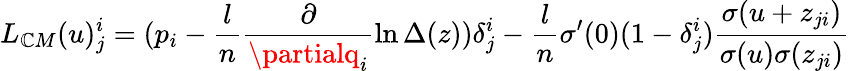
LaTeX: L_{\mathbb{C}M}(u)_{j}^{i}=(p_{i}-\frac{{l}}{{n}}\frac{{\partial}}{{\partialq_{i}}}\ln\Delta(z))\delta_{j}^{i}-\frac{{l}}{{n}}\sigma^{\prime}(0)(1-\delta_{j}^{i})\frac{{\sigma(u+z_{ji})}}{{\sigma(u)\sigma(z_{ji})}}